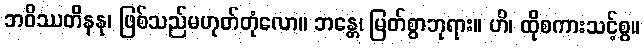
ဘဝိဿတိနနု၊ ဖြစ်သည်မဟုတ်တုံလော။ ဘန္တေ၊ မြတ်စွာဘုရား။ ဟိ၊ ထိုစကားသင့်စွ။